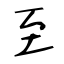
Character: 至